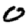
Digit: 0